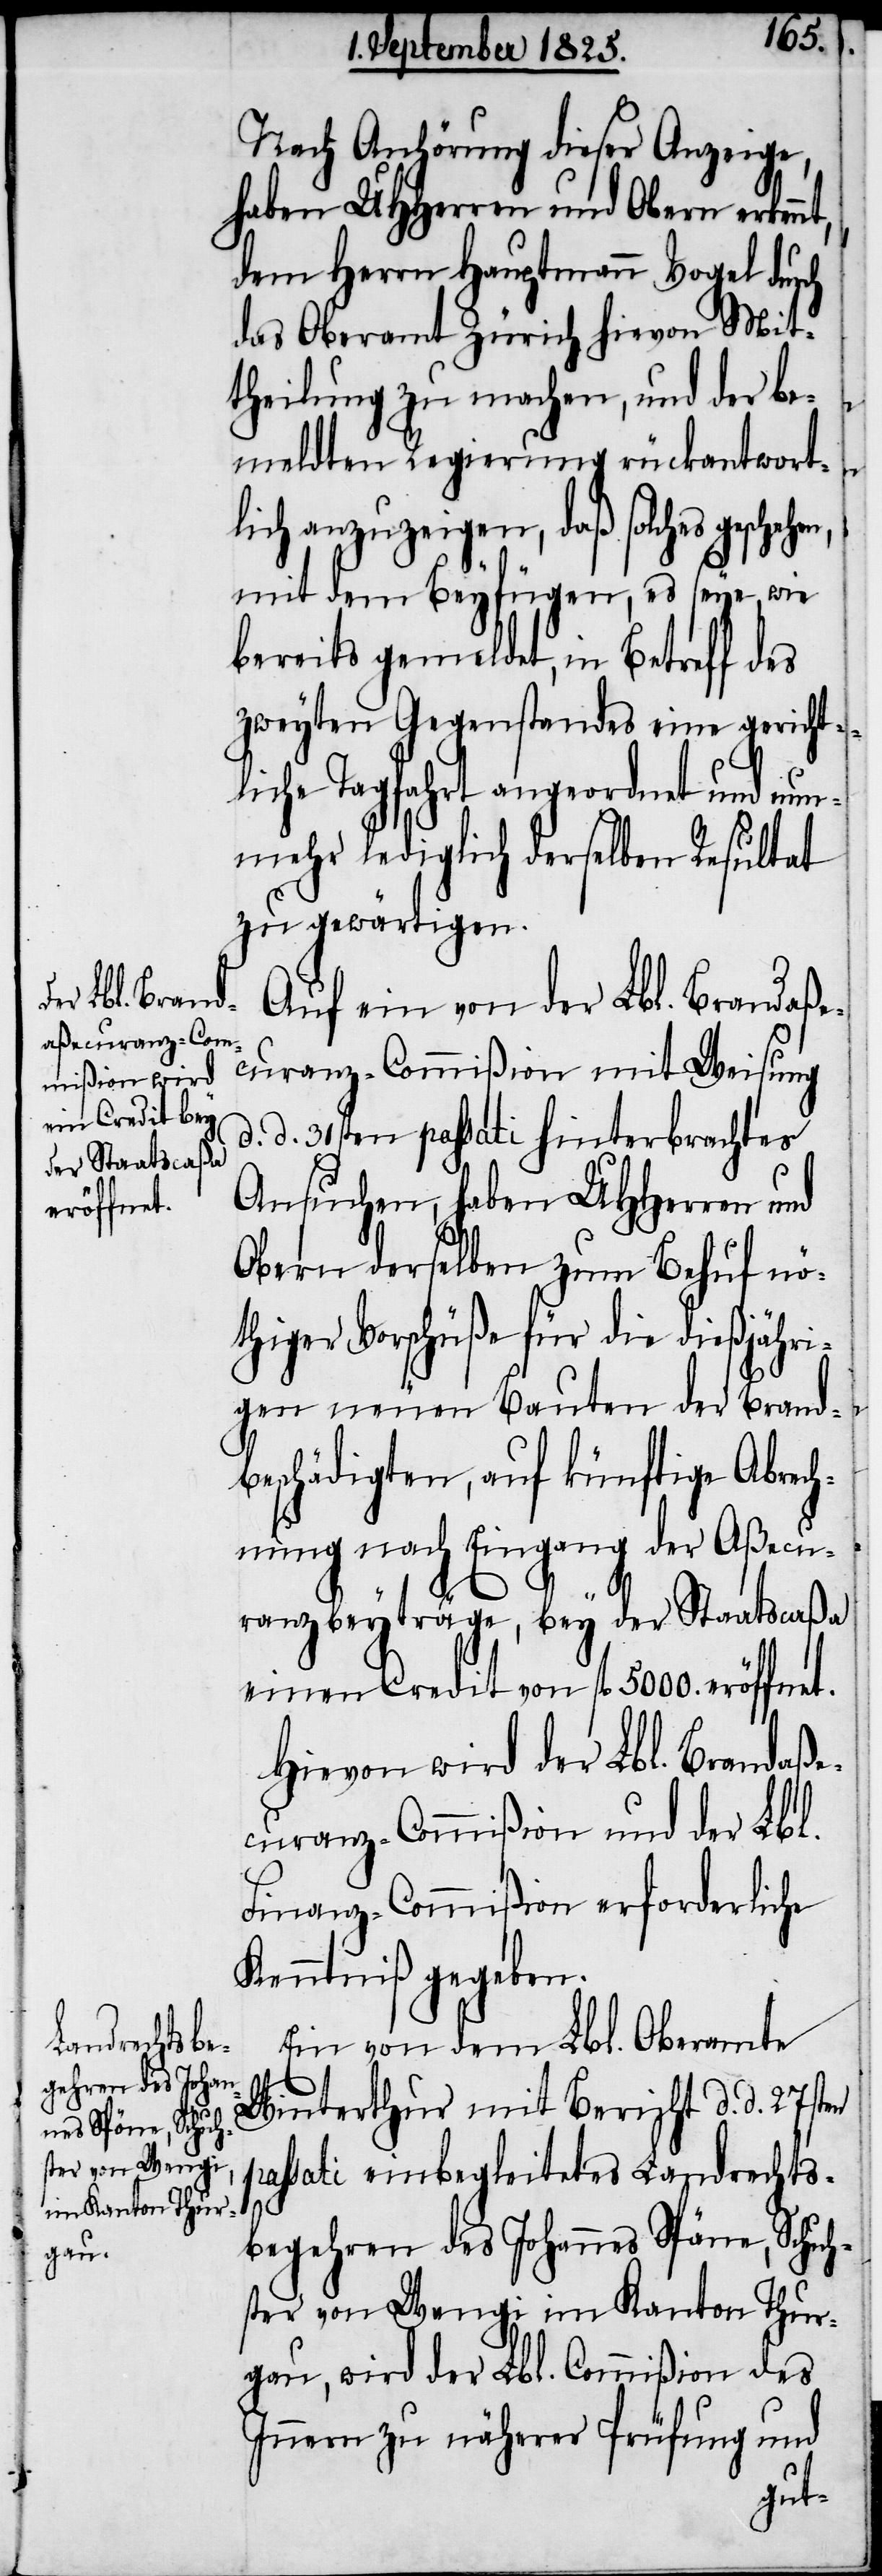
eröffnet.

Nach Anhörung dieser Anzeige,
haben UHHerren und Obern erken¬
dem Herrn Hauptmann Vogel durch
das Oberamt Zürich hievon Mit¬
theilung zu machen, und der be¬
meldten Regierung rückantwort¬
lich anzuzeigen, daß solches gesche¬
mit dem Beyfügen, es seye, wie
bereits gemeldet, in Betreff des
zweyten Gegenstandes eine gericht¬
liche Tagfahr angeordnet und nun¬
mehr lediglich derselben Resultat
zu gewärtigen.
Auf ein von der Lbl. Brandaße¬
curanz-Commißion mit Weisung
d. d. 31sten passati hinterbrachtes
Ansuchen, haben UHHerren und
Obern derselben zum Behuf nö¬
thiger Vorschüße für die dießjähri¬
gen neuen Bauten der Brand¬
beschädigten, auf künftige Abrech¬
nung nach Eingang der Aßecu¬
ranzbeyträge, bey der Staatscaßa
einen Credit von fl 5000.
Hievon wird der Lbl. Brandaße¬
curanz-Commißion und der Lbl.
Finanz-Commißion erforderliche
Kenntniß gegeben.
Ein von dem Lbl. Oberamte
Winterthur mit Bericht d. d. 27sten
passati einbegleitetes Landrechts¬
h¬
begehren des Johannes Späne, Schu¬
ster von Wengi im Kanton Thur¬
gau, wird der Lbl. Commißion des
Innern zu näherer Prüfung und